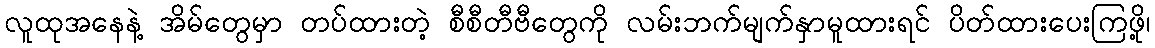
လူထုအနေနဲ့ အိမ်တွေမှာ တပ်ထားတဲ့ စီစီတီဗီတွေကို လမ်းဘက်မျက်နှာမူထားရင် ပိတ်ထားပေးကြဖို့၊